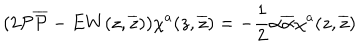
LaTeX: ( 2 { \cal P } { \overline { { { \cal P } } } } - E W ( z , \overline { { { z } } } ) ) \chi ^ { a } ( z , \overline { { { z } } } ) = - \frac { 1 } { 2 } \alpha \overline { { { \alpha } } } \chi ^ { a } ( z , \overline { { { z } } } )